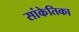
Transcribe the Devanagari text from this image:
सांकेतिका